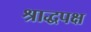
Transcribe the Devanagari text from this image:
श्राद्धपक्ष